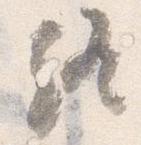
終